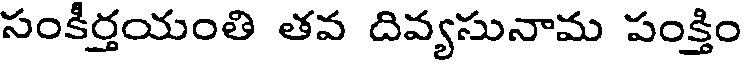
సంకీర్తయంతి తవ దివ్యసునామ పంక్తిం